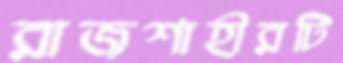
রাজশাহীরটি